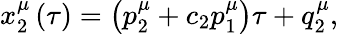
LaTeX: x_{2}^{\mu}\left(\tau\right)=\left(p_{2}^{\mu}+c_{2}p_{1}^{\mu}\right)\tau+q_{2}^{\mu},